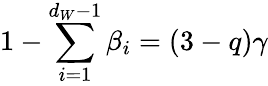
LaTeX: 1-\sum_{i=1}^{d_{W}-1}\beta_{i}=(3-q)\gamma